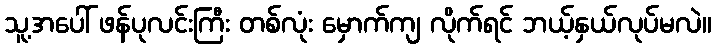
သူ့အပေါ် ဖန်ပုလင်းကြီး တစ်လုံး မှောက်ကျ လိုက်ရင် ဘယ့်နှယ်လုပ်မလဲ။